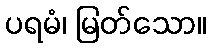
ပရမံ၊ မြတ်သော။